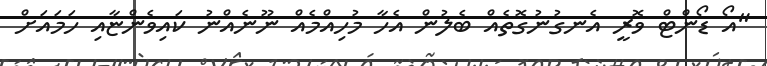
"އޯ ޑޯންޓް ވޮރީ އެނގުނުގޮތެއް ބެލުން އެހާ މުހިއްމެއް ނޫނެއްނު ކައިވެންޏާއި ހަމައަށް